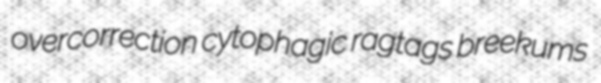
overcorrection cytophagic ragtags breekums